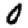
Digit: 0